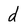
Character: d